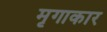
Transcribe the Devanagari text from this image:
मृगाकार